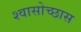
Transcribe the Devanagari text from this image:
श्वासोच्छास